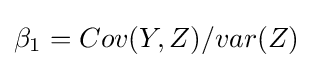
\beta _{1}=Cov(Y,Z)/var(Z)